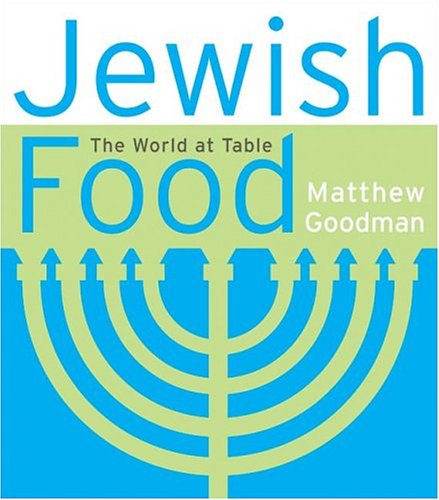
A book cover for Jewish Food: The World at Table; Matthew Goodman; Cookbooks, Food & Wine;